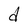
Character: d